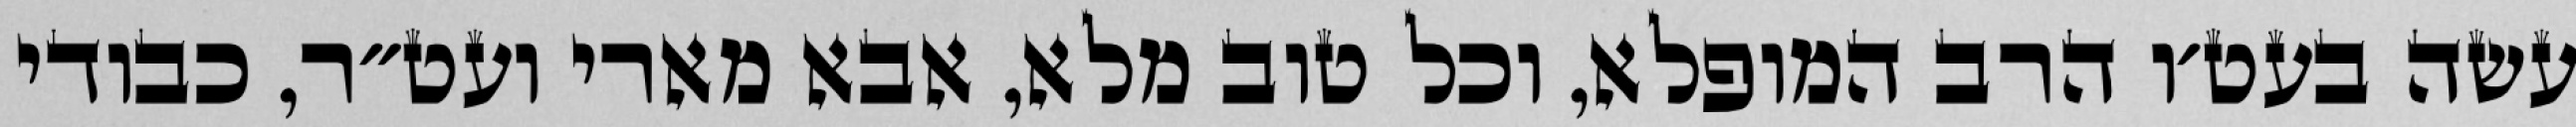
עשה בעט׳ו הרב המופלא, וכל טוב מלא, אבא מארי ועט״ר, כבודי